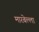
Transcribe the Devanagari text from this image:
मारबेल्ला